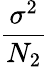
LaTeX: \frac{\sigma^{2}}{N_{2}}